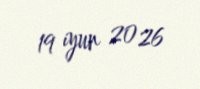
19 iyun 2026